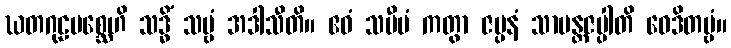
ဃတဂုဠမစ္ဆေဟိ သဒ္ဓိံ သဗ္ဗံ အဒါသီတိ။ ဧဝံ သမီပံ ကတွာ ဇပ္ပနံ သာမန္တဇပ္ပါတိ ဝေဒိတဗ္ဗံ။